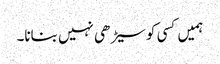
ہمیں کسی کو سیڑھی نہیں بنانا۔